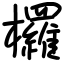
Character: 欏